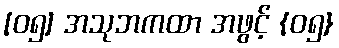
[၀၅] အသုဘကထာ အဖွင့် {၀၅}